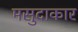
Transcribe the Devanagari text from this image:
मसुदाकार